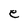
Character: e